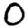
Digit: 0